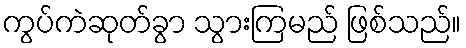
ကွပ်ကဲဆုတ်ခွာ သွားကြမည် ဖြစ်သည်။